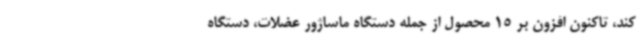
کند، تاکنون افزون بر 15 محصول از جمله دستگاه ماساژور عضلات، دستگاه